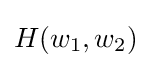
H(w_{1},w_{2})